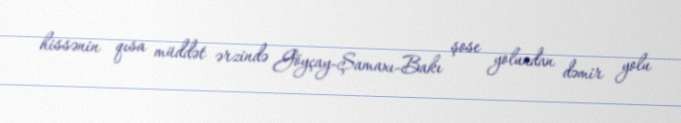
hissənin qısa müddət ərzində Göyçay-Şamaxı-Bakı şose yolundan dəmir yolu